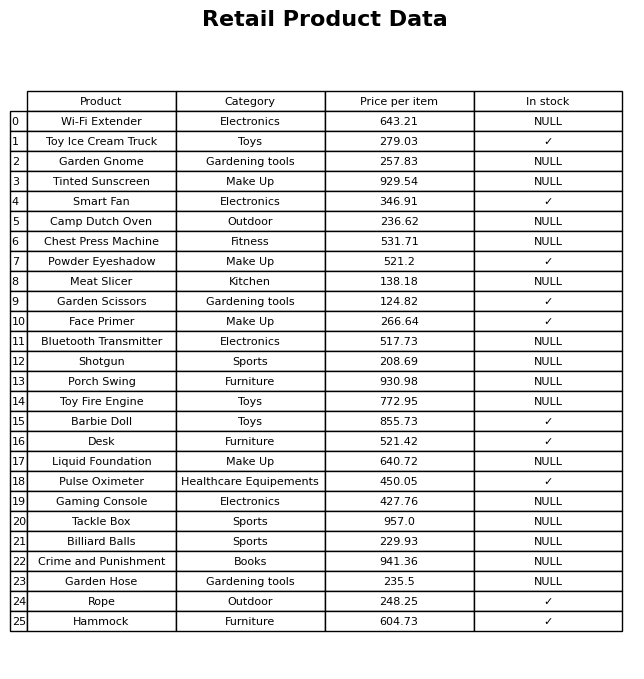
question: What is the price of the Billiard Balls?
answer: The price of Billiard Balls is 229.93.